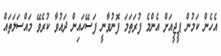
އެހެން ކަމުން ޕީޖީއަށް އެންމެ ފުރަތަމަ ފޮނުވާނީ ފަސޭހައިން ދައުވާ ކުރެވޭ މައްސަލަތައް